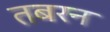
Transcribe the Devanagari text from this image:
तबरन